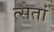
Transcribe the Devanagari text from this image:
त्सेतां